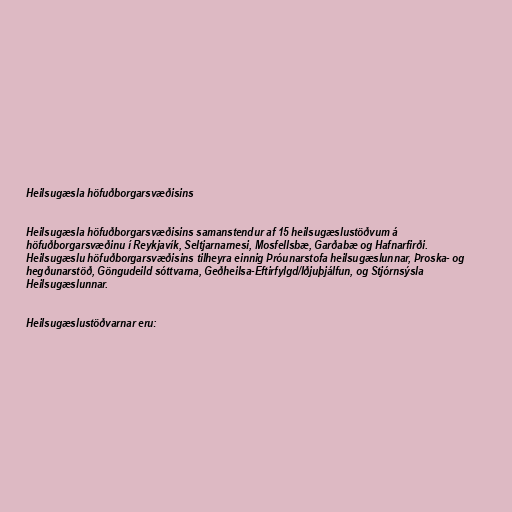
Heilsugæsla höfuðborgarsvæðisins

Heilsugæsla höfuðborgarsvæðisins samanstendur af 15 heilsugæslustöðvum á
höfuðborgarsvæðinu í Reykjavík, Seltjarnarnesi, Mosfellsbæ, Garðabæ og Hafnarfirði.
Heilsugæslu höfuðborgarsvæðisins tilheyra einnig Þróunarstofa heilsugæslunnar, Þroska- og
hegðunarstöð, Göngudeild sóttvarna, Geðheilsa-Eftirfylgd/Iðjuþjálfun, og Stjórnsýsla
Heilsugæslunnar.

Heilsugæslustöðvarnar eru: